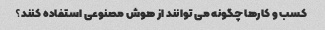
کسب و کارها چگونه می توانند از هوش مصنوعی استفاده کنند؟